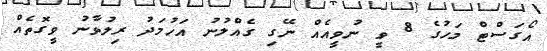
އޯގަސްޓް މަހުގެ 8 ވީ ނުވީއެއް ނޭގި ގެއްލުނު އަހުމަދު ރިލުވާނު ވީގޮތެއް